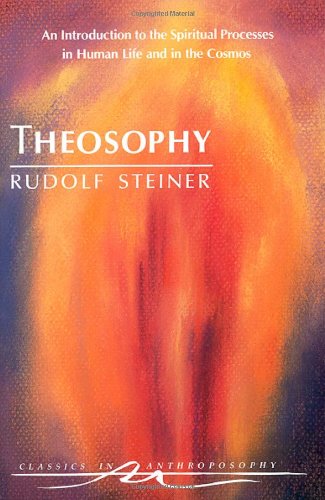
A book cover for Theosophy : An Introduction to the Spiritual Processes in Human Life and in the Cosmos; Rudolf Steiner; Religion & Spirituality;